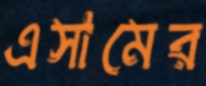
এসামের